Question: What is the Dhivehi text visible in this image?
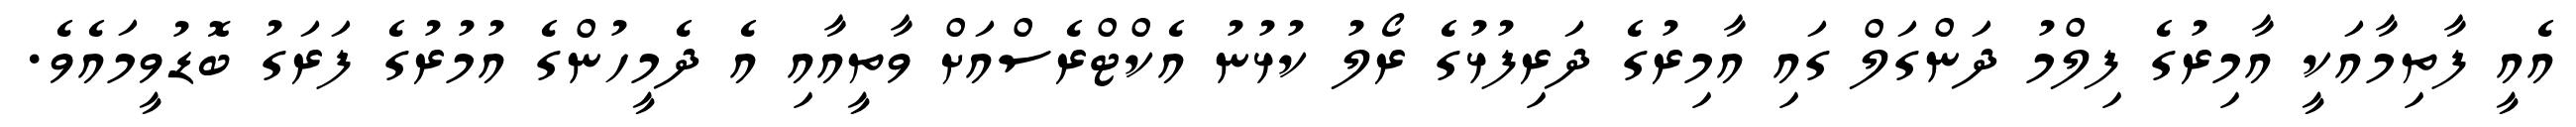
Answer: އެއީ ފާތިމާއަކީ އާމިރުގެ ފިލްމު ދަންގަލް ގައި އާމިރުގެ ދަރިފުޅުގެ ރޯލު ކުޅުނު އެކްޓްރެސްއަށް ވާތީއާއި އެ ދެމީހުންގެ އުމުރުގެ ފަރަގު ބޮޑުވީމައެވެ.